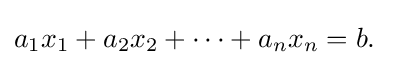
a_{1}x_{1}+a_{2}x_{2}+\cdots +a_{n}x_{n}=b.\